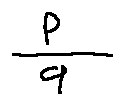
\frac { p } { q }